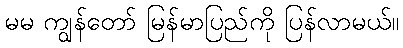
မမ ကျွန်တော် မြန်မာပြည်ကို ပြန်လာမယ်။